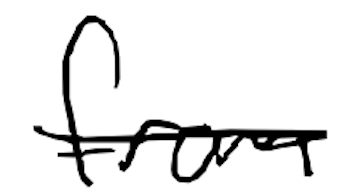
Text: from
Cross-out: single-line
Writing tool: digital_black